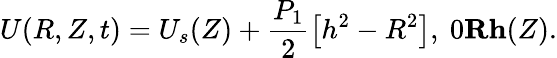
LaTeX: U(R,Z,t)=U_{s}(Z)+\frac{P_{1}}{2}\left[h^{2}-R^{2}\right],~0\le R\le h(Z).